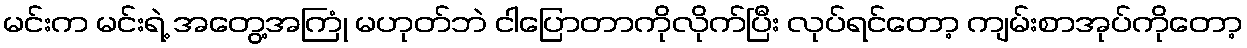
မင်းက မင်းရဲ့ အတွေ့အကြုံ မဟုတ်ဘဲ ငါပြောတာကိုလိုက်ပြီး လုပ်ရင်တော့ ကျမ်းစာအုပ်ကိုတော့